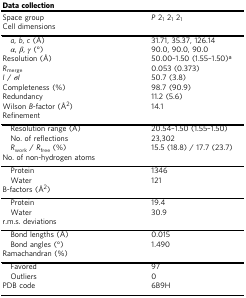
<table><thead><tr><td colspan="2"><b>Data collection</b></td></tr></thead><tbody><tr><td>Space group</td><td><i>P</i> 2<sub>1</sub> 2<sub>1</sub> 2<sub>1</sub></td></tr><tr><td colspan="2">Cell dimensions</td></tr><tr><td> <i>a</i>, <i>b</i>, <i>c</i> (Å)</td><td>31.71, 35.37, 126.14</td></tr><tr><td> <i>α</i>, <i>β</i>, <i>γ</i> (°)</td><td>90.0, 90.0, 90.0</td></tr><tr><td>Resolution (Å)</td><td>50.00–1.50 (1.55–1.50)<sup>a</sup></td></tr><tr><td><i>R</i><sub>merge</sub></td><td>0.053 (0.373)</td></tr><tr><td><i>I</i> / <i>σI</i></td><td>50.7 (3.8)</td></tr><tr><td>Completeness (%)</td><td>98.7 (90.9)</td></tr><tr><td>Redundancy</td><td>11.2 (5.6)</td></tr><tr><td>Wilson <i>B</i>-factor (Å<sup>2</sup>)</td><td>14.1</td></tr><tr><td colspan="2">Refinement</td></tr><tr><td> Resolution range (Å)</td><td>20.54–1.50 (1.55–1.50)</td></tr><tr><td> No. of reflections</td><td>23,302</td></tr><tr><td> <i>R</i><sub>work</sub> / <i>R</i><sub>free</sub> (%)</td><td>15.5 (18.8) / 17.7 (23.7)</td></tr><tr><td colspan="2">No. of non-hydrogen atoms</td></tr><tr><td> Protein</td><td>1346</td></tr><tr><td> Water</td><td>121</td></tr><tr><td colspan="2">B-factors (Å<sup>2</sup>)</td></tr><tr><td> Protein</td><td>19.4</td></tr><tr><td> Water</td><td>30.9</td></tr><tr><td colspan="2">r.m.s. deviations</td></tr><tr><td> Bond lengths (Å)</td><td>0.015</td></tr><tr><td> Bond angles (°)</td><td>1.490</td></tr><tr><td colspan="2">Ramachandran (%)</td></tr><tr><td> Favored</td><td>97</td></tr><tr><td> Outliers</td><td>0</td></tr><tr><td>PDB code</td><td>6B9H</td></tr></tbody></table>